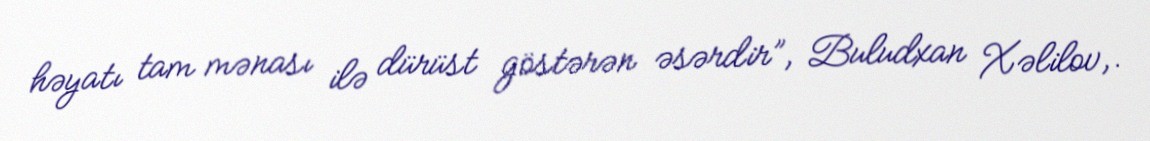
həyatı tam mənası ilə dürüst göstərən əsərdir”, Buludxan Xəlilov,.